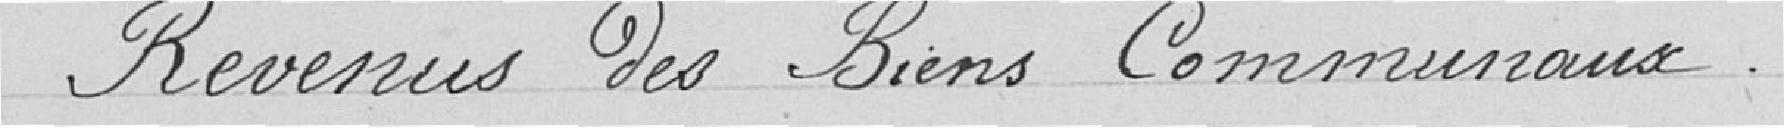
Revenus des biens communaux